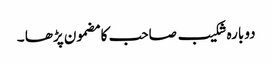
دوبارہ شکیب صاحب کا مضمون پڑھا ۔